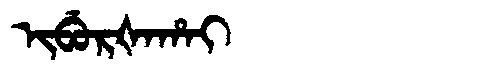
Manchu: ᡳᠪᡠᡵᡧᠠᡥᠠᡳ
Romanization: IBURŠAHAI